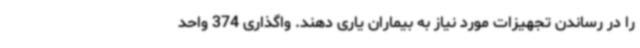
را در رساندن تجهیزات مورد نیاز به بیماران یاری دهند. واگذاری 374 واحد